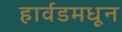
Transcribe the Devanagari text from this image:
हार्वडमधून